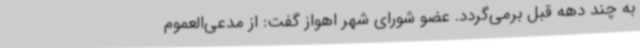
به چند دهه قبل برمی‌گردد. عضو شورای شهر اهواز گفت: از مدعی‌العموم